Lunatic asylums Madras 1892-1911 - 1892-1911
Year: 1892
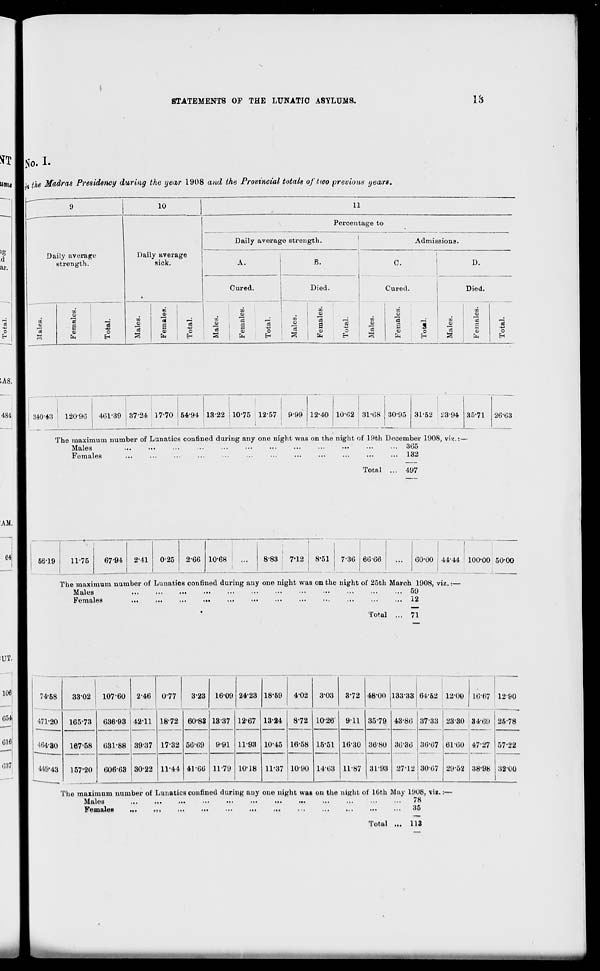
STATEMENTS OF THE LUNATIC ASYLUMS.
18
No. I-
!"
the Madras Presidency during the year 1908 and the Provincial totals of two previous years.
Da
9
i
10
11
ily average
strength.
Daily average
sick.
Percentage to
Daily average strength.
1
Admissions.
A.
E.
C.
Cured.
i o
E-i
D.
Cured.
Died.
Died.
to
JH
"3
a o
ft
Males.
Females.
Total.
Males.
Females.
Total.
DO
o
13
2
Females.
Total.
Males.
Females.
Total.
Males.
Females.
Males.
13
O
340-43
120-9G
401-89 37-24 17-70 154-94
I
13-22 i 10-75 1257
9-99 12-40 10-62 31-68 30-95 31-52 i ^3-94 35-71 26-63
The maximum number of Lunatics confined during any one night was on the night of 19th December 1908, vi^.i
Males
•••
•••
•••
•■• 365
Females
...
•••
•••
•••
•••
•••
•••
•••
•••
•••
•••
••• 182
Total ... 497
56-19
11-75
6794 2-41
0-2J
2-66 10-68
8-83
7'12
8-51 ! 7-36 66-66
60-00 4444 : 100-00 50-00
The maximum number of Lunatics confined during any one night was on the night of 25th March 1908, viz. i
Males
... 59
Females
...
...
...
••«
•••
•••
■••
•••
•••
...
•••
... 12
Total ... 71
74-68
471-20
4fi4-80
U9-43
33-02
165-73
107 60
636-93
2-46
42-11
0-77
1872
3-23
60-83
16-09
1337
9-91
24-23
12-67
18-59
4-02
3-03
10-26
3-72
911
48-00 133-33 64-52 12-00 10-67 1290
13-24
8-72
35-79 43-86
36-36
27-12
3733
86'0f
3067
2330 34-69
61-60 47-27
25-78
167-58
631-88 3937 17-32 56-69
41-66
11-98 10-45 16-58
10-90
15-51
14-63
1630
11-87
36-SU
3198
57-22
157*20
1
606-68 j 30-22 11-44
11-79 10-18 11-87
29-52 38-98 32-00
The maximum number of Lunatics confined during any one night was on the night of 10th May 1908, viz.:—
Males
...
...
...
•••
•••
•••
•!•
•••
I*I
••■
■•■
•••
'8
Females
...
.,.
...
...
•••
...
M i
• >
•••
•••
•••
•••
•'''
Total ... 113